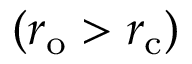
( r _ { \mathrm { { o } } } > r _ { \mathrm { { c } } } )